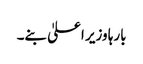
بارہا وزیر اعلیٰ بنے۔